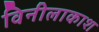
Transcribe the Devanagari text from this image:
विनीलाकाश